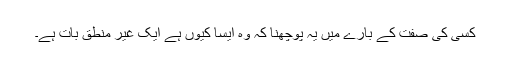
کسی کی صفت کے بارے میں یہ پوچھنا کہ وہ ایسا کیوں ہے ایک غیر منطق بات ہے۔